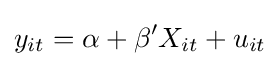
y_{it}=\alpha +\beta 'X_{it}+u_{it}